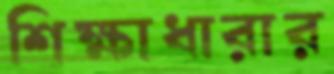
শিক্ষাধারার